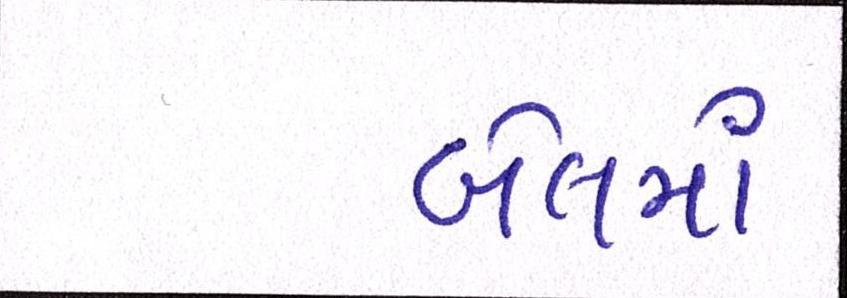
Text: બેલમાં